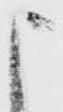
申